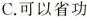
C.可以省功